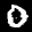
Label: 0